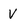
Character: V